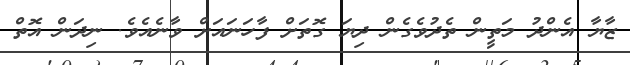
ޒާޔާ އެންދު މަތީން ތެދުވެގެން ދިޔަ ގޮތަށް ފާހަނައަށް ވާނެއެވެ. ނިދަން އޮތް